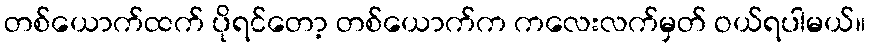
တစ်ယောက်ထက် ပိုရင်တော့ တစ်ယောက်က ကလေးလက်မှတ် ဝယ်ရပါမယ်။